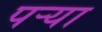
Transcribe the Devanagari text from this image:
पऱ्या